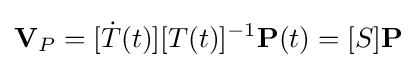
{\textbf {V}}_{P}=[{\dot {T}}(t)][T(t)]^{-1}{\textbf {P}}(t)=[S]{\textbf {P}}